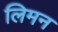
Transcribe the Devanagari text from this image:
लिमन